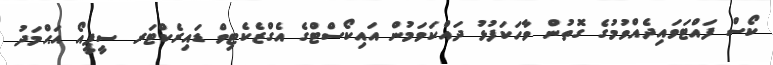
ކޯސް ފައްޓަވައިދެއްވުމުގެ ގޮތުން ވާހަކަފުޅު ދައްކަވަމުން އައިކޯސްޓްގެ އެގްޒެކެޓިވް ޑައިރެކްޓަރ ސީޕީއޯ އަޙްމަދު